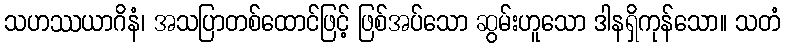
သဟဿယာဂိနံ၊ အသပြာတစ်ထောင်ဖြင့် ဖြစ်အပ်သော ဆွမ်းဟူသော ဒါနရှိကုန်သော။ သတံ